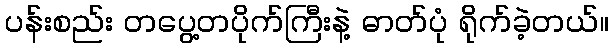
ပန်းစည်း တပွေ့တပိုက်ကြီးနဲ့ ဓာတ်ပုံ ရိုက်ခဲ့တယ်။